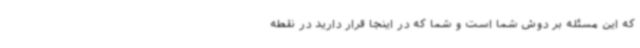
که این مسئله بر دوش شما است و شما که در اینجا قرار دارید در نقطه